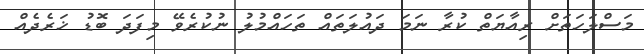
މަސްލަހަތަށް ރިއާޔަތް ކުރާ ނަމަ ދައުލަތައް ތަހައްމުލު ނުކުރެވޭ މިފަދަ ބޮޑު ޚަރެދެއް